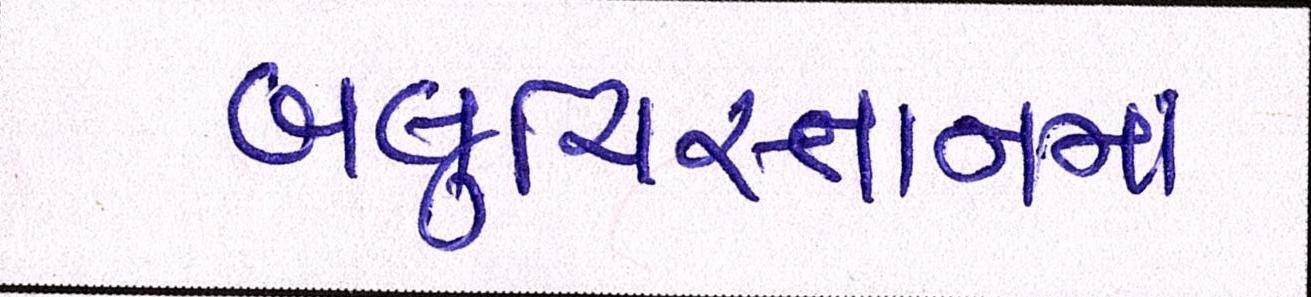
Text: બલુચિસ્તાનમાં